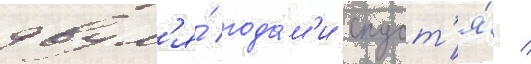
двум'я́ года́м'и спуст'я́ /